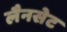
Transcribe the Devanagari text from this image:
लैनसेट